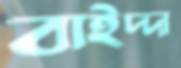
বাইদ্দা